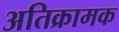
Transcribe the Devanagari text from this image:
अतिक्रामक